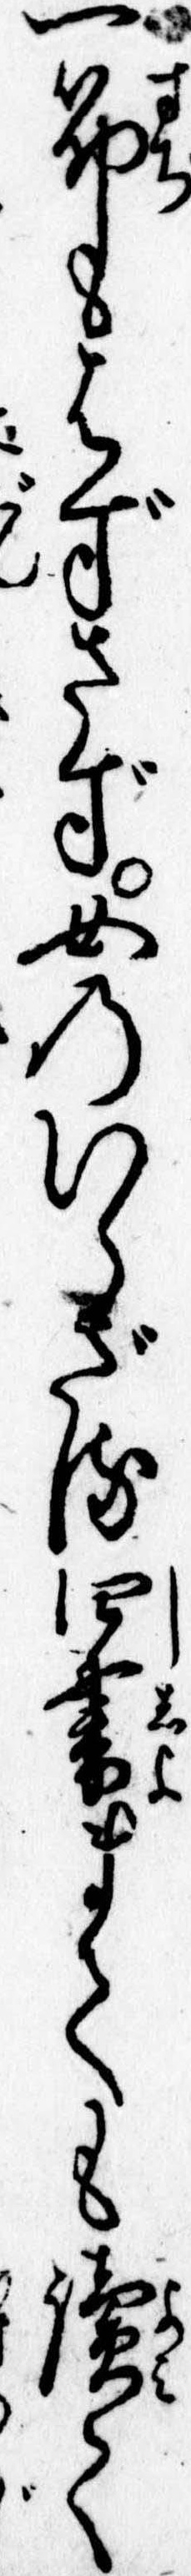
一筋もはずさず女のいらざる四書まても読て